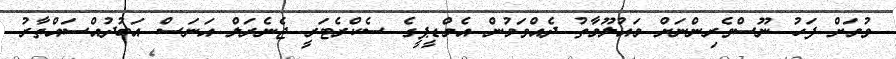
ވުމަށް ފަހު ނޫސްވެރިންނަށް މައުލޫމާތު ދެއްވަމުން އެމްޑީޕީގެ ސެކްރެޓަރީ ޖެނެރަލް އަނަސް އަބުދުއްސައްތާރު